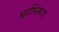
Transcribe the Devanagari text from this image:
प्राप्तिरूप